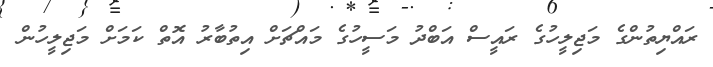
ރައްޔިތުންގެ މަޖިލީހުގެ ރައީސް އަބްދު މަސީހުގެ މައްޗަށް އިތުބާރު އޮތް ކަމަށް މަޖިލީހުން